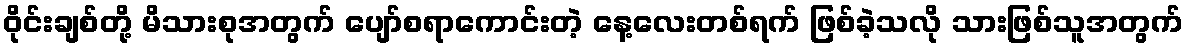
ဝိုင်းချစ်တို့ မိသားစုအတွက် ပျော်စရာကောင်းတဲ့ နေ့လေးတစ်ရက် ဖြစ်ခဲ့သလို သားဖြစ်သူအတွက်